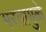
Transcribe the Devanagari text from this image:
भरतामुळे